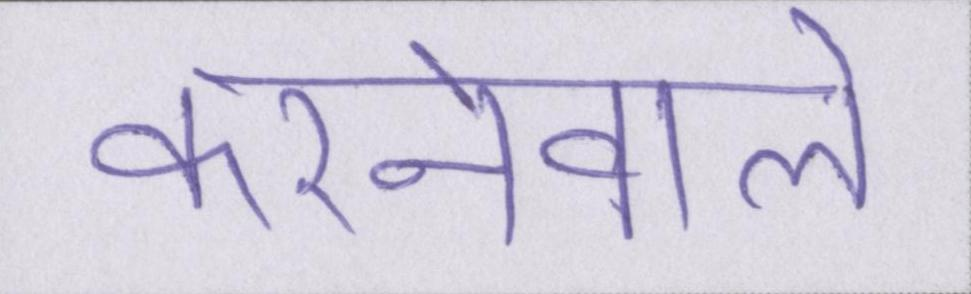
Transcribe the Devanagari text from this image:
करनेवाले